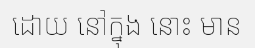
ដោយ នៅក្នុង នោះ មាន